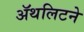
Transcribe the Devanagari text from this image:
ॲथलिटने